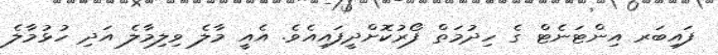
ފައިބަރ އިންޓަނެޓް ގެ ހިދުމަތް ފޯރުކޮށްދީފައިއެވެ. އެއީ މާލެ ވިލިމާލެ އަދި ހުޅުމާލެ